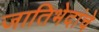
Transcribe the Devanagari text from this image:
जातिभेदांचे